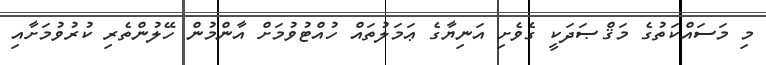
މި މަސައްކަތުގެ މަޤްޞަދަކީ ގެވެށި އަނިޔާގެ ޢަމަލުތައް ހުއްޓުވުމަށް އާންމުން ހޭލުންތެރި ކުރުވުމަށާއި